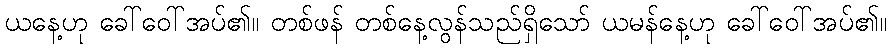
ယနေ့ဟု ခေါ်ဝေါ်အပ်၏။ တစ်ဖန် တစ်နေ့လွန်သည်ရှိသော် ယမန်နေ့ဟု ခေါ်ဝေါ်အပ်၏။